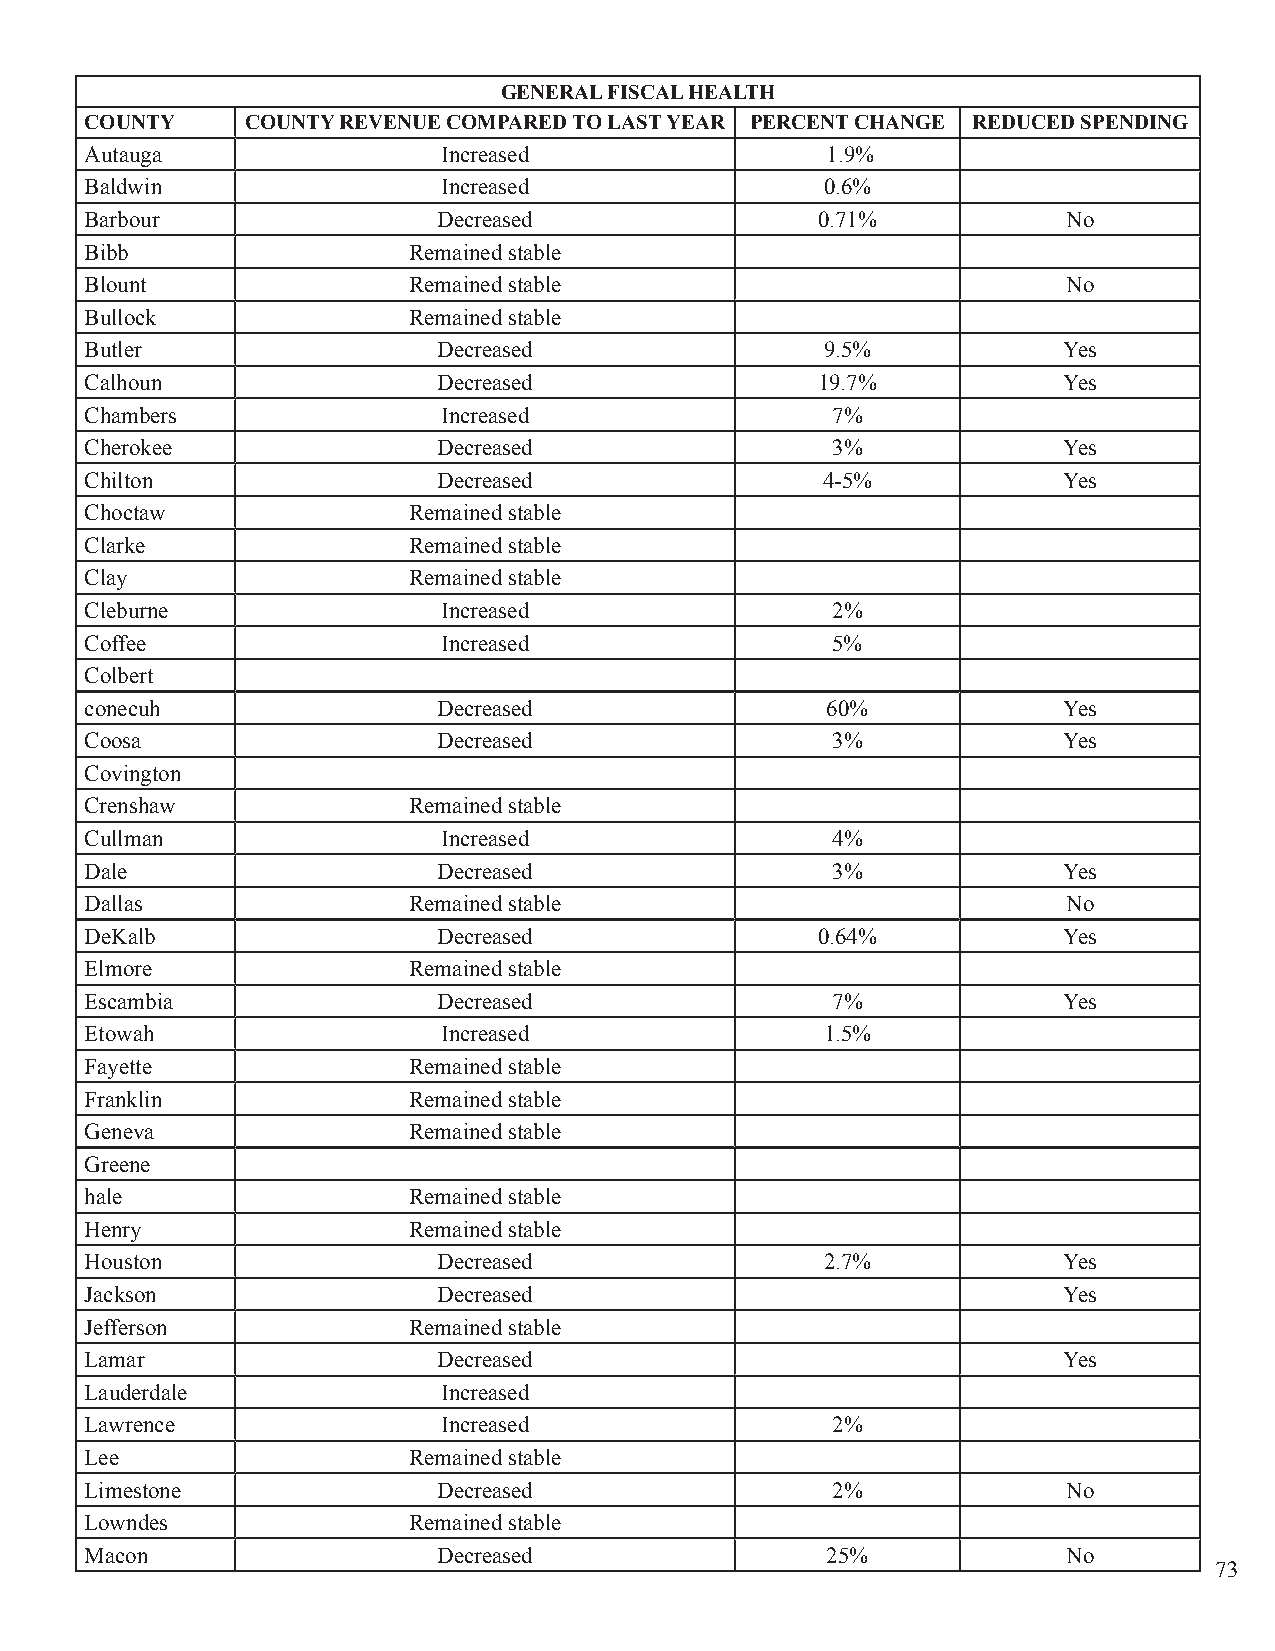
GENERAL FISCAL HEALTH
 COUNTY    COUNTY REVENUE COMPARED TO LAST YEAR PERCENT CHANGE REDUCED SPENDING
 Autauga                Increased                 1.9%
 Baldwin                Increased                 0.6%
 Barbour                Decreased                0.71%            No
 Bibb                 Remained stable
 Blount               Remained stable                             No
 Bullock              Remained stable
 Butler                 Decreased                 9.5%           Yes
 Calhoun                Decreased                19.7%           Yes
 Chambers               Increased                 7%
 Cherokee               Decreased                 3%             Yes
 Chilton                Decreased                4-5%            Yes
 Choctaw              Remained stable
 Clarke               Remained stable
 Clay                 Remained stable
 Cleburne               Increased                 2%
 Coffee                 Increased                 5%
 Colbert
 conecuh                Decreased                 60%            Yes
 Coosa                  Decreased                 3%             Yes
 Covington
 Crenshaw             Remained stable
 Cullman                Increased                 4%
 Dale                   Decreased                 3%             Yes
 Dallas               Remained stable                             No
 DeKalb                 Decreased                0.64%           Yes
 Elmore               Remained stable
 Escambia               Decreased                 7%             Yes
 Etowah                 Increased                 1.5%
 Fayette              Remained stable
 Franklin             Remained stable
 Geneva               Remained stable
 Greene
 hale                 Remained stable
 Henry                Remained stable
 Houston                Decreased                 2.7%           Yes
 Jackson                Decreased                                Yes
 Jefferson            Remained stable
 Lamar                  Decreased                                Yes
 Lauderdale             Increased
 Lawrence               Increased                 2%
 Lee                  Remained stable
 Limestone              Decreased                 2%              No
 Lowndes              Remained stable
 Macon                  Decreased                 25%             No
 73